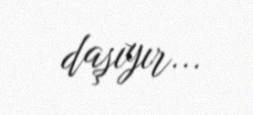
daşıyır...